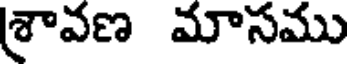
శావణ మాసము